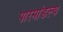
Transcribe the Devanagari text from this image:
पारमांडल्य